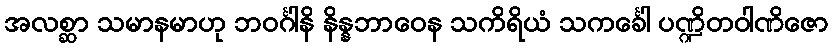
အလစ္ဆာ သမာနမာဟု ဘဝင်္ဂါနိ နိန္နဘာဝေန သကိရိယံ သကင်္ခေါ ပဏ္ဍိတဝါဏိဇော